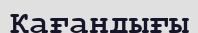
Қағандығы